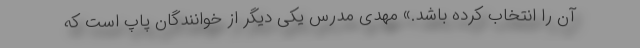
آن را انتخاب کرده باشد.» مهدی مدرس یکی دیگر از خوانندگان پاپ است که